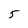
Character: 5